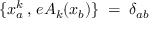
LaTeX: \{ x _ { a } ^ { k } \, , \, e A _ { k } ( x _ { b } ) \} \; = \; \delta _ { a b }